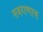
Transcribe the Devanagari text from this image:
नजराणाच